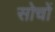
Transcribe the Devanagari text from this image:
सोचों